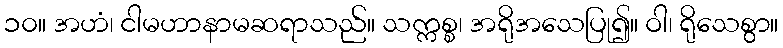
၁၀။ အဟံ၊ ငါမဟာနာမဆရာသည်။ သက္ကစ္စ၊ အရိုအသေပြု၍။ ဝါ၊ ရိုသေစွာ။